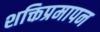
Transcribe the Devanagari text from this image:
शक्तिप्रमापन